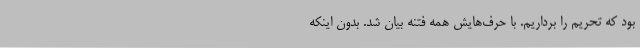
بود که تحریم را برداریم. با حرف‌هایش همه فتنه بیان شد. بدون اینکه